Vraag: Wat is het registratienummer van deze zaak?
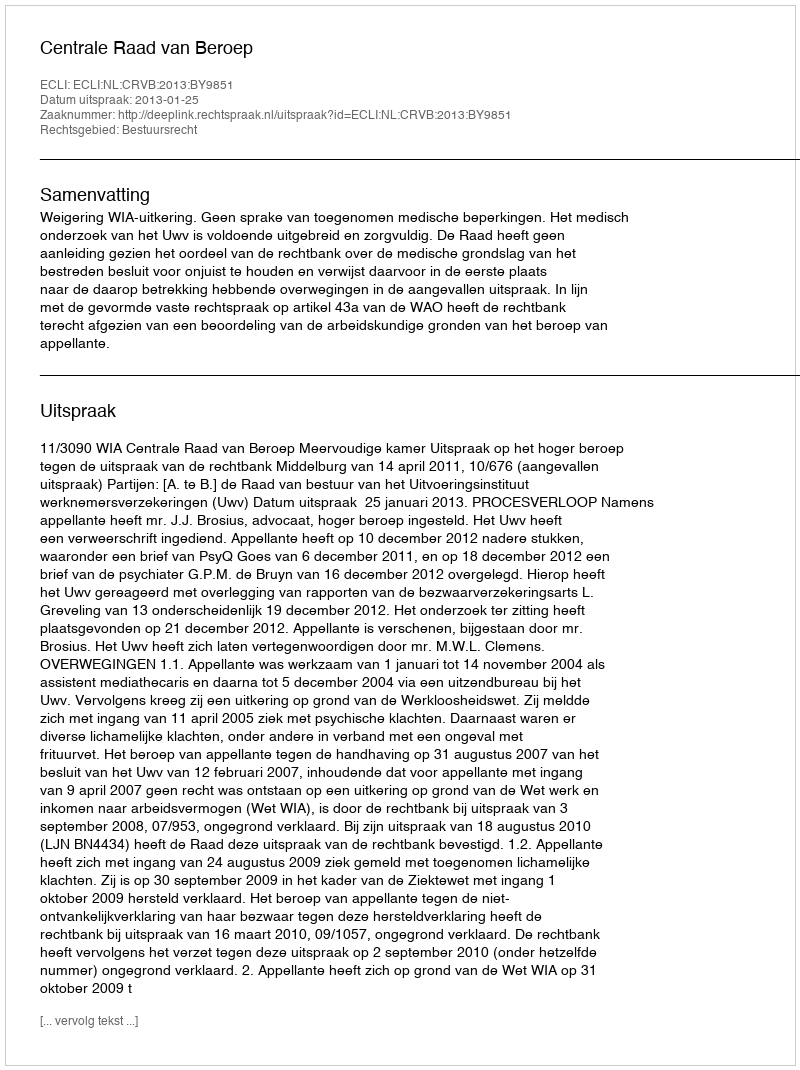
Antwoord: http://deeplink.rechtspraak.nl/uitspraak?id=ECLI:NL:CRVB:2013:BY9851